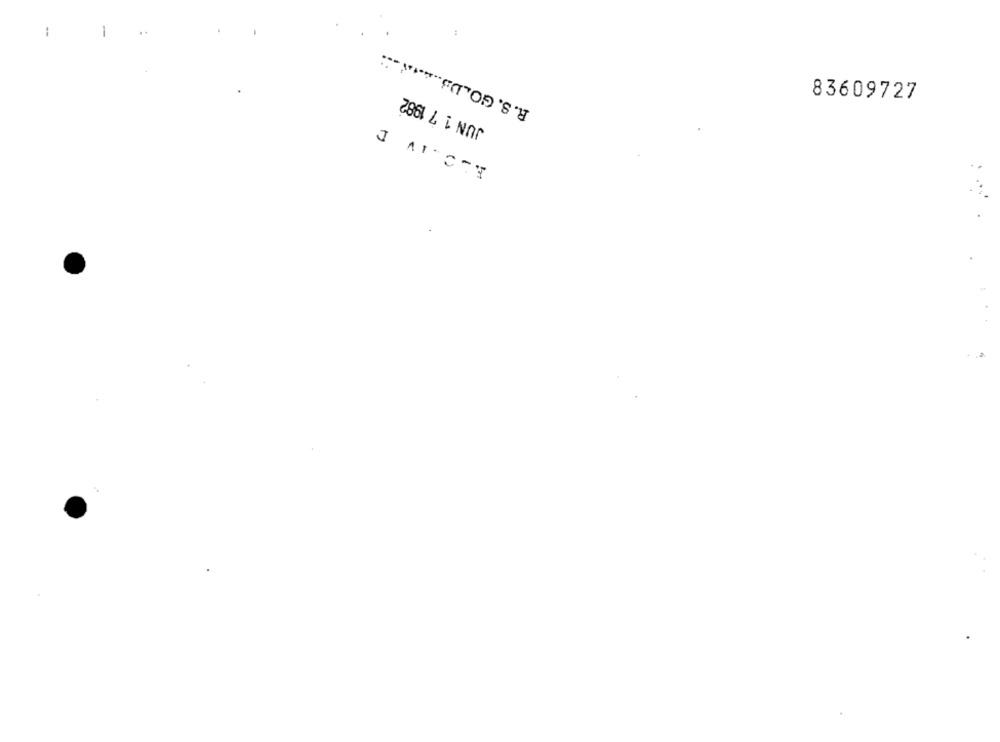
:
-
R. S. GOLDS .........
JUN 1 7 1982
83609727